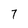
Character: 7